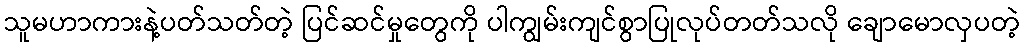
သူမဟာကားနဲ့ပတ်သတ်တဲ့ ပြင်ဆင်မှုတွေကို ပါကျွမ်းကျင်စွာပြုလုပ်တတ်သလို ချောမောလှပတဲ့